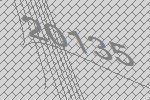
20135